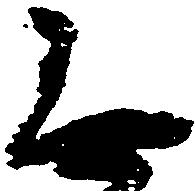
無